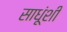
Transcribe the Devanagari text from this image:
साधूंशी